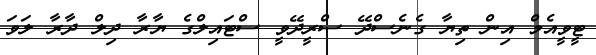
ޓީވީއެމް އިން ތިޔާ ގެނެސްދޭ ސްރީދޭވީ ސްޓައިލްގެ ޔާރާ ދިލް ދާރާ ލަވަ